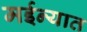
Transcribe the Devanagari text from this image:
मईन्यात